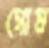
গোষ